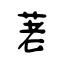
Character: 荖